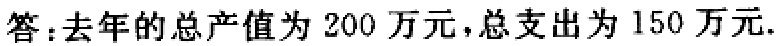
答：去年的总产值为 200 万元，总支出为 150 万元.